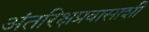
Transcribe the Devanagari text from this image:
अंतरिक्षप्रवासाशी